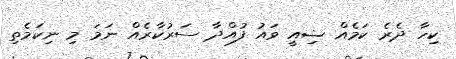
ކިހާ ދެރެ ކަމެއް ޟިއީ ވައު ފުއްދާ ސަރުކާރެއް ނަމަ މި ނިކަމެތި